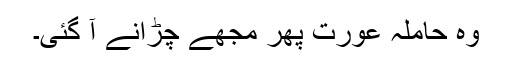
وہ حاملہ عورت پھر مجھے چڑانے آ گئی۔